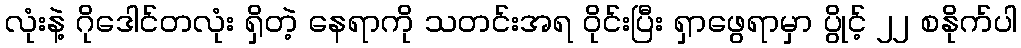
လုံးနဲ့ ဂိုဒေါင်တလုံး ရှိတဲ့ နေရာကို သတင်းအရ ဝိုင်းပြီး ရှာဖွေရာမှာ ပွိုင့် ၂၂ စနိုက်ပါ